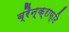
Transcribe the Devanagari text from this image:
ब्रैन्क्राफ्टि